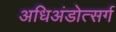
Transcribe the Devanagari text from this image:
अधिअंडोत्सर्ग